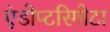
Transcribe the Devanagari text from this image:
एंडोप्टरिगोटा